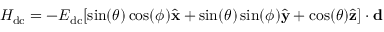
H _ { \mathrm { d c } } = - E _ { \mathrm { d c } } [ \sin ( \theta ) \cos ( \phi ) { \hat { \bf x } } + \sin ( \theta ) \sin ( \phi ) { \hat { \bf y } } + \cos ( \theta ) { \hat { \bf z } } ] \cdot \mathbf { d }